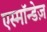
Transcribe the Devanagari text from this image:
एस्मॉन्डेज़